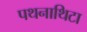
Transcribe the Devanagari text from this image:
पथनाथिटा